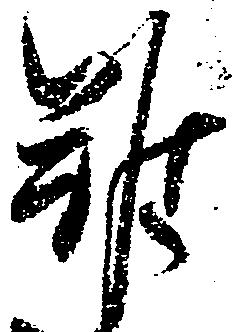
難